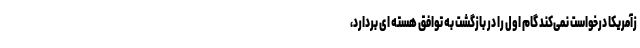
زآمریکا درخواست نمی‌کند گام اول را در بازگشت به توافق هسته ای بردارد،